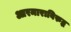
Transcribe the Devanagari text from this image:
आरमाराविरुद्ध